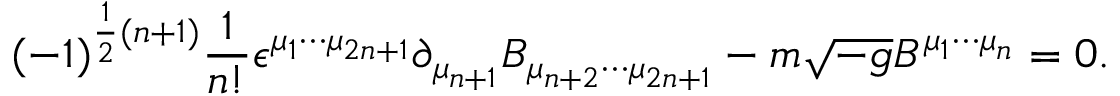
( - 1 ) ^ { \frac 1 2 ( n + 1 ) } { \frac { 1 } { n ! } } \epsilon ^ { \mu _ { 1 } \cdots \mu _ { 2 n + 1 } } \partial _ { \mu _ { n + 1 } } B _ { \mu _ { n + 2 } \cdots \mu _ { 2 n + 1 } } - m \sqrt { - g } B ^ { \mu _ { 1 } \cdots \mu _ { n } } = 0 .